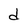
Character: d